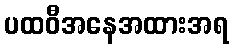
ပထဝီအနေအထားအရ